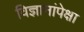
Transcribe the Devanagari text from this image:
विज्ञानांपेक्षा